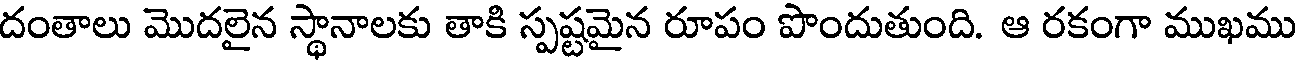
దంతాలు మొదలైన స్థానాలకు తాకి స్పష్టమైన రూపం పొందుతుంది. ఆ రకంగా ముఖము